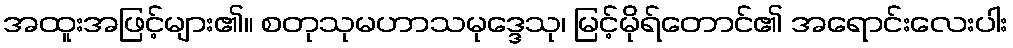
အထူးအဖြင့်များ၏။ စတုသုမဟာသမုဒ္ဒေသု၊ မြင့်မိုရ်တောင်၏ အရောင်းလေးပါး